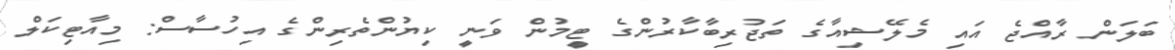
ބަލަން ރާއްޖެ އައި މެލޭޝިއާގެ ތަޖުރިބާކާރުންގެ ޓީމުން ވަނީ ކިޔުންތެރިންގެ އިހުސާސް: މިއާޓިކަލް